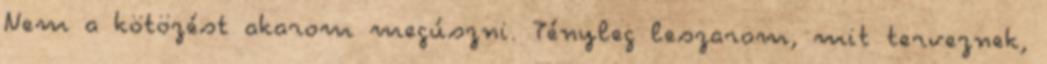
Nem a kötözést akarom megúszni. Tényleg leszarom, mit terveznek,